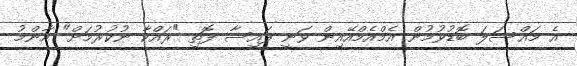
އެ މައްސަލަ ބޮޑުވުމުން އެމްއެމްއޭއިން ވަނީ ފައިސާ ފޮތި "ރައްކާ ނުކުރުމަށް" އާންމު